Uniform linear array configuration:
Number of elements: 12
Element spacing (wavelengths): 1
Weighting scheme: exponential
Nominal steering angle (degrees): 30
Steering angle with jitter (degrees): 29.357
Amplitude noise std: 0.05
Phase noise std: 0.05

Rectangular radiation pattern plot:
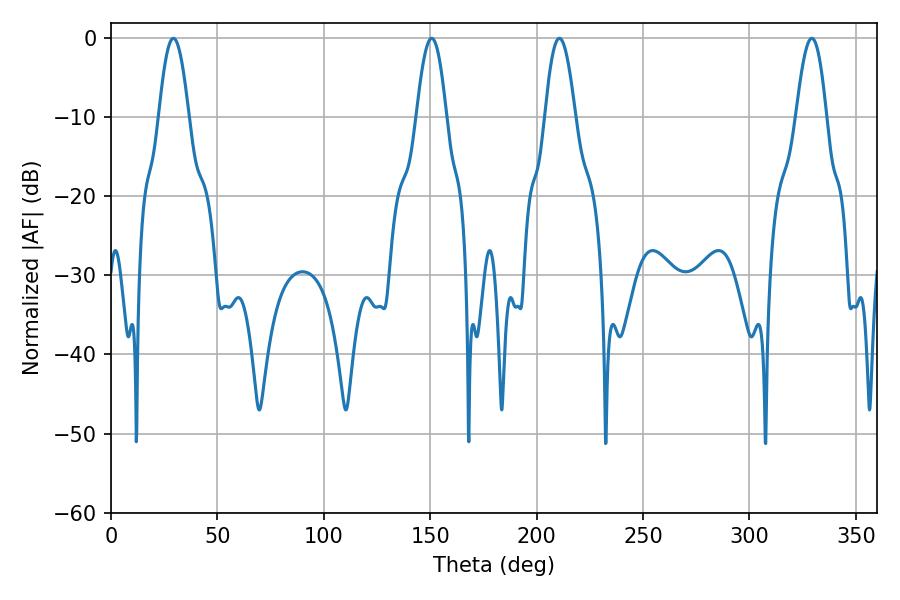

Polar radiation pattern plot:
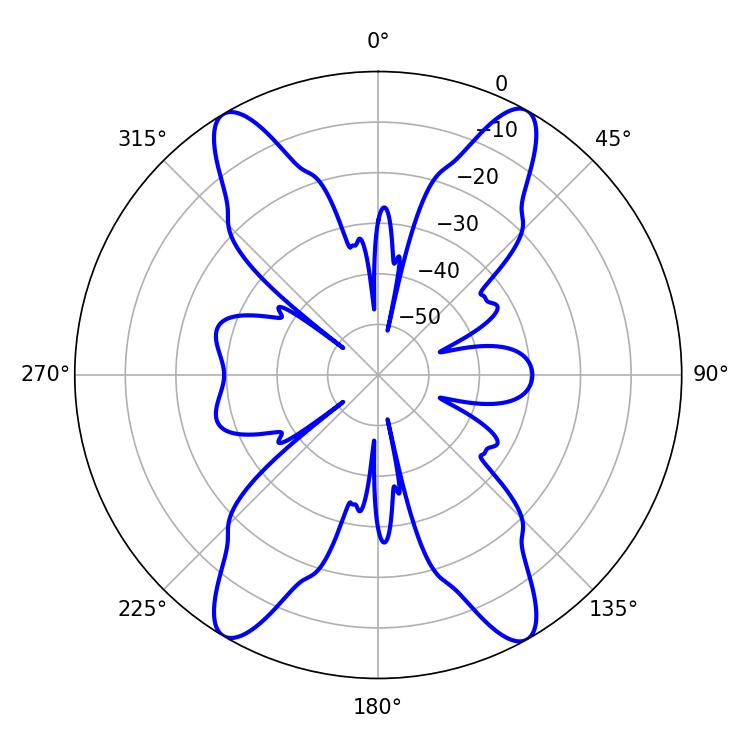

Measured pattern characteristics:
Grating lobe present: TRUE
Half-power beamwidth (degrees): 7.56
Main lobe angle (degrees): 29.34